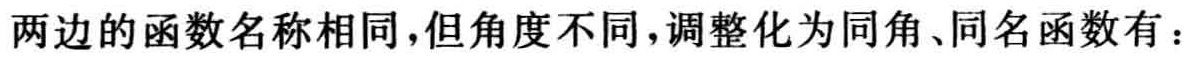
两边的函数名称相同,但角度不同,调整化为同角、同名函数有：